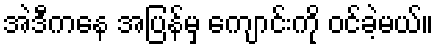
အဲဒီကနေ အပြန်မှ ကျောင်းကို ဝင်ခဲ့မယ်။